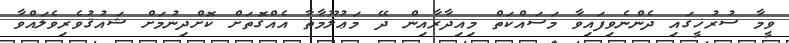
ވީމާ ސުރުޚީގައި ދެންނެވިފައިވާ މަސައްކަތް މިއިދާރާއިން ދޭ މަޢުލޫމާތާ އެއްގޮތަށް ކޮށްދިނުމަށް ޝައުޤުވެރިވެލައްވާ